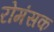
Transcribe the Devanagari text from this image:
रोमंसक